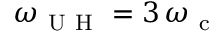
\omega _ { \mathrm { ~ U ~ H ~ } } = 3 \, \omega _ { \mathrm { ~ c ~ } }